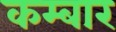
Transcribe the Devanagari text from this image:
कम्बार